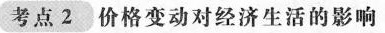
考点2 价格变动对经济生活的影响